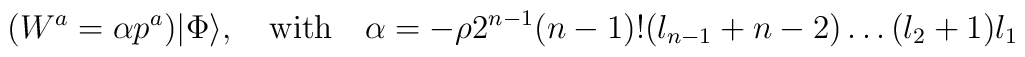
(W^a = \alpha p^a)|\Phi\rangle, \quad {\rm with} \quad \alpha = -\rho 2^{n-1}(n-1)!(l_{n-1}+n-2)\ldots(l_2+1)l_1